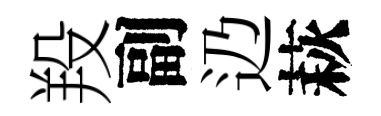
羖副辸萩